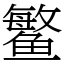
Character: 鳘